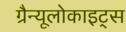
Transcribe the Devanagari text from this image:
ग्रैन्यूलोकाइट्स